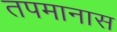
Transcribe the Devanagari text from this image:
तपमानास